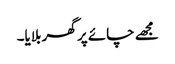
مجھے چائے پر گھر بلایا۔